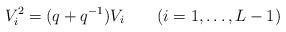
LaTeX: \begin{align*}V^2_i = (q + q^{-1}) V_i \qquad (i = 1, \ldots , L-1)\end{align*}